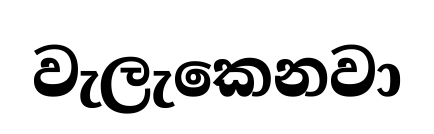
වැලැකෙනවා